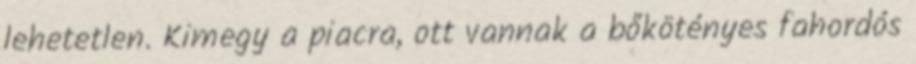
lehetetlen. Kimegy a piacra, ott vannak a bőkötényes fahordós